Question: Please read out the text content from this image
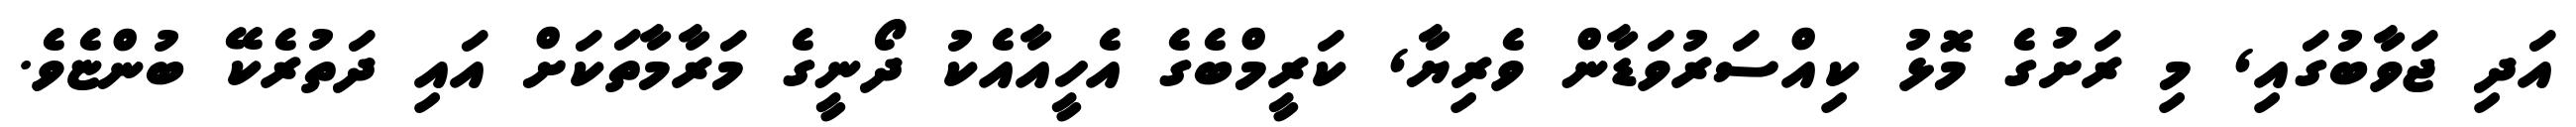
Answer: އަދި ޖަވާބުގައި, މި ރަށުގެ މޮޅު ކިއްސަރުވަޑާން ވެރިޔާ, ކަރީމްބެގެ އެހީއާއެކު ދޯނީގެ މަރާމާތަކަށް އައި ދަތުރެކޭ ބުންޏެވެ.